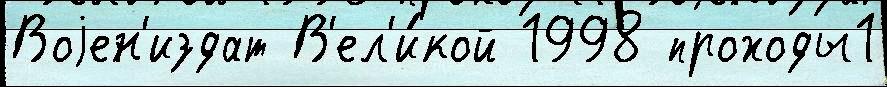
Воjен'издат В'ел'и́кой 1998 проходы1